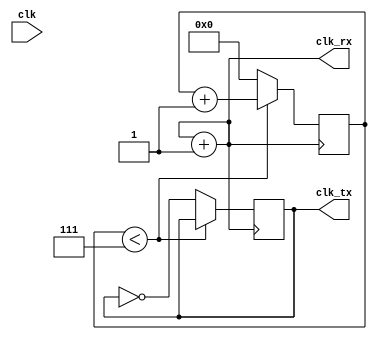
module nexi_uart_clocks(
	input clk,
	output clk_tx,
	output clk_rx
);
parameter N=1;
parameter K=1;

reg [N-1:0] acc = 0;
reg [3:0] cnt = 0;
reg clk_1_16 = 0;

always @(clk)
begin
	acc <= acc+K;
end

assign clk_rx = acc[N-1];

always @(posedge clk_rx)
begin
	if(cnt < 4'd7) cnt <= cnt+1;
	else
	begin
		cnt <= 0;
		clk_1_16 <= ~clk_1_16;
	end
end

assign clk_tx = clk_1_16;

endmodule